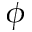
\phi